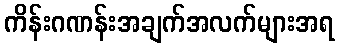
ကိန်းဂဏန်းအချက်အလက်များအရ